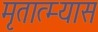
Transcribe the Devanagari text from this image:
मृतात्म्यास